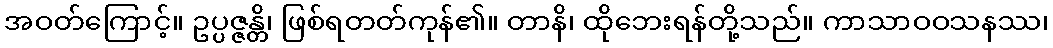
အဝတ်ကြောင့်။ ဥပ္ပဇ္ဇန္တိ၊ ဖြစ်ရတတ်ကုန်၏။ တာနိ၊ ထိုဘေးရန်တို့သည်။ ကာသာဝဝသနဿ၊